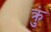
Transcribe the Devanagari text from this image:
क्रुं